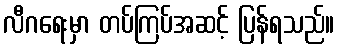
လီဂရေးမှာ တပ်ကြပ်အဆင့် ပြန်ရသည်။